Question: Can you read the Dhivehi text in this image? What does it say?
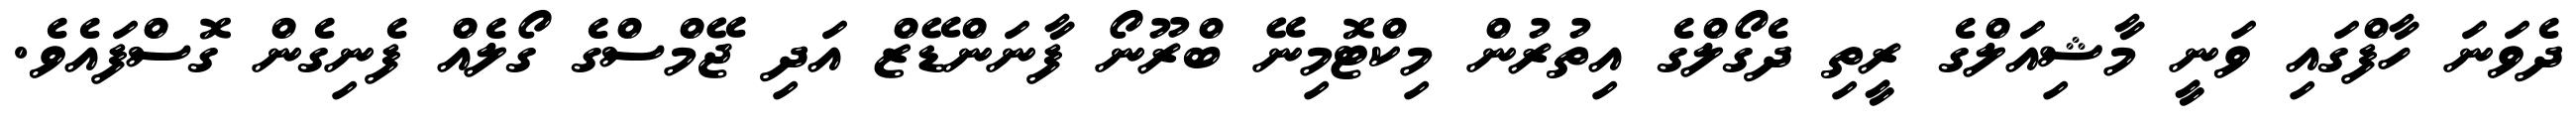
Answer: ދެވަނަ ހާފްގައި ވަނީ މާޝިއަލްގެ ރީތި ދެގޯލްގެ އިތުރުން މިކްޓޮމިނޭ ބްރޫނޯ ފާނަންޑޭޒް އަދި ޖޭމްސްގެ ގޯލެއް ފެނިގެން ގޮސްފައެވެ.